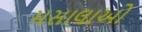
મસાલાઓ